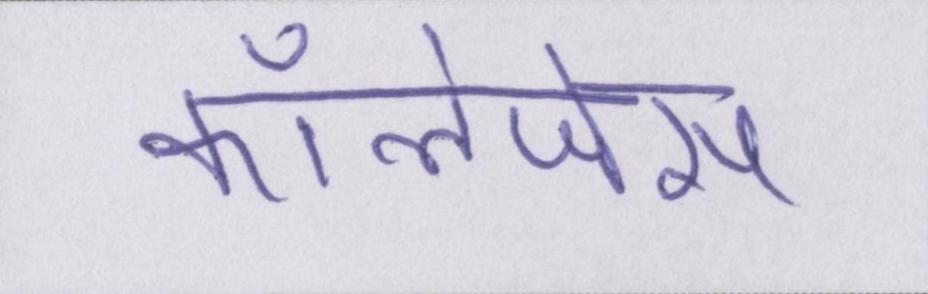
कॉलेजेस